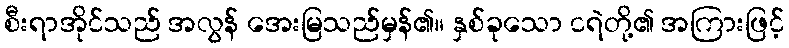
စီးရာအိုင်သည် အလွန် အေးမြသည်မှန်၏။ နှစ်ခုသော ငရဲတို့၏ အကြားဖြင့်